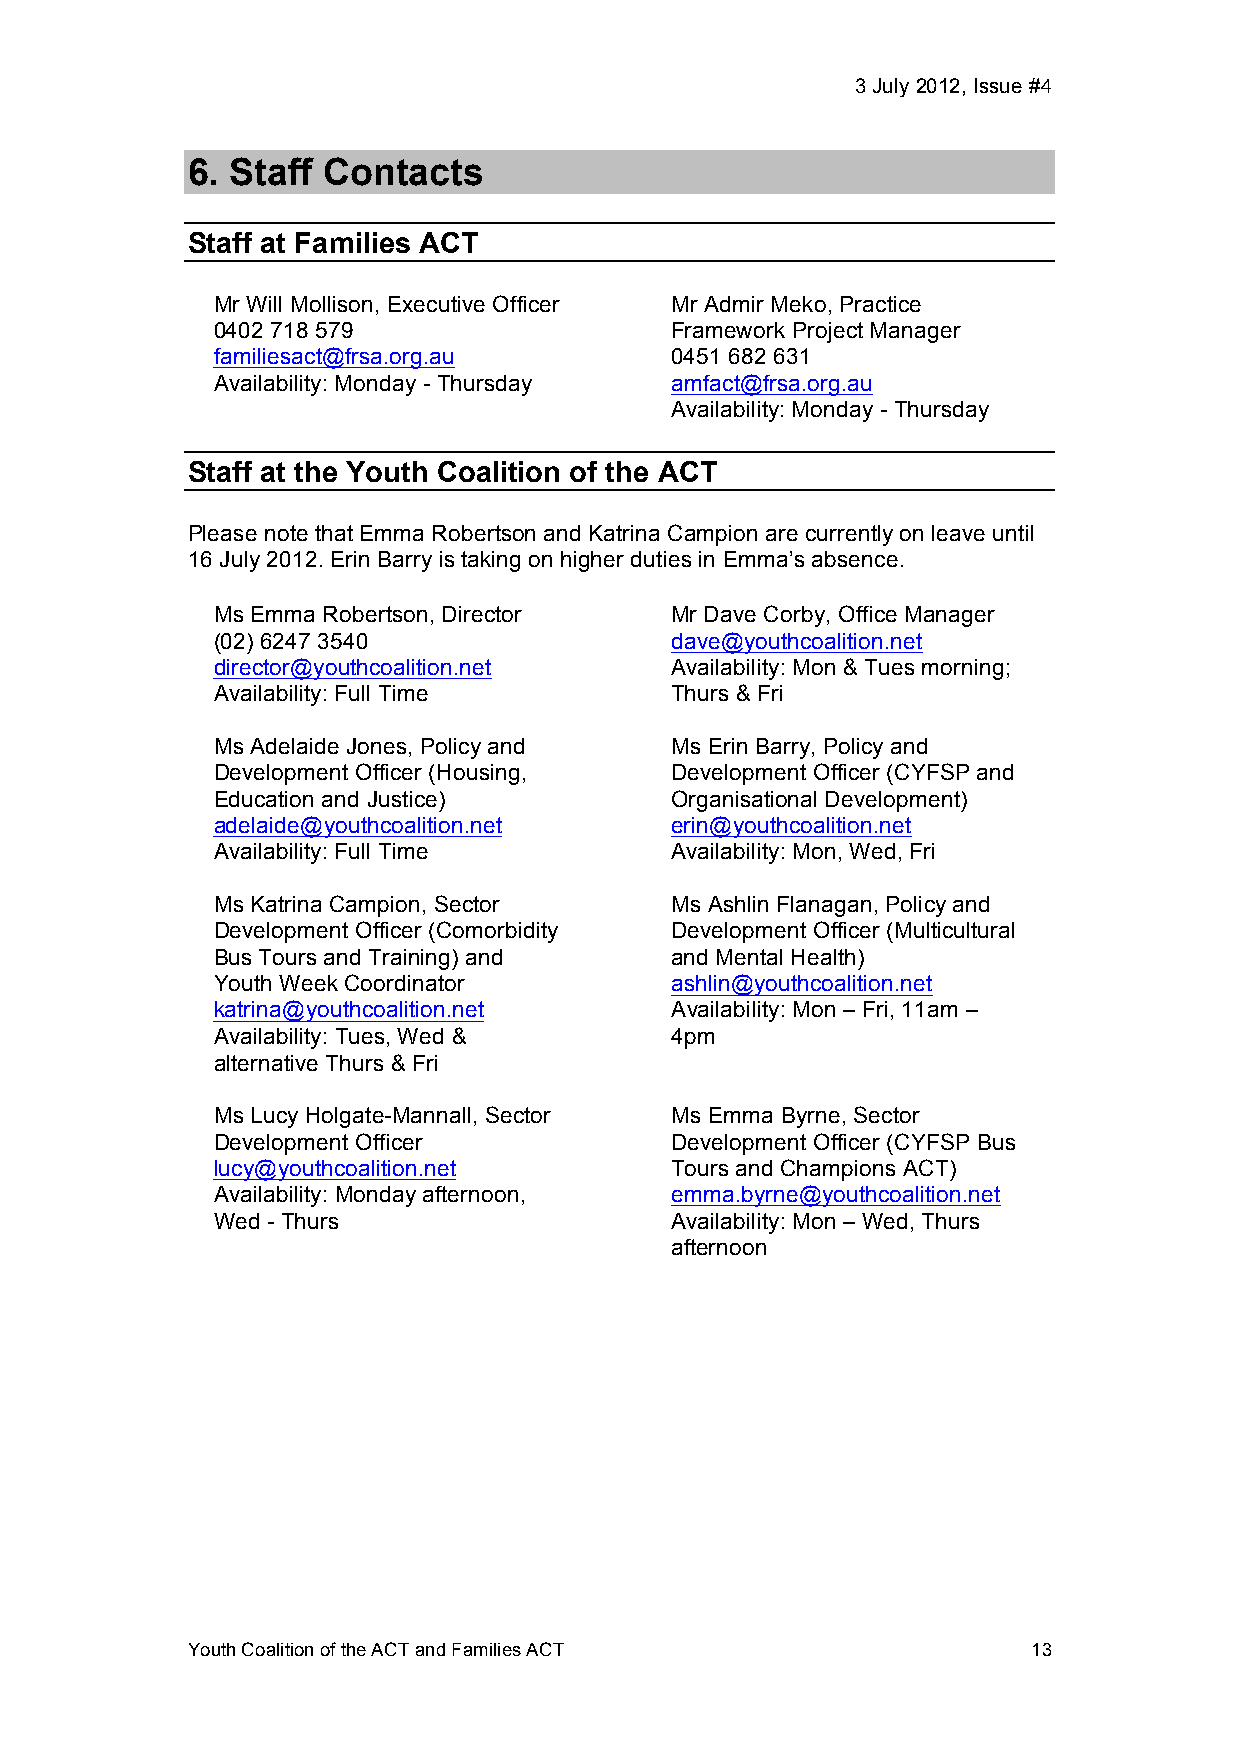
3 July 2012, Issue #4!
 6. Staff Contacts
 Staff at Families ACT
 Mr Will Mollison, Executive Officer Mr Admir Meko, Practice
 0402 718 579                  Framework Project Manager
 familiesact@frsa.org.au       0451 682 631
 Availability: Monday - Thursday amfact@frsa.org.au
 Availability: Monday - Thursday
 Staff at the Youth Coalition of the ACT
 Please note that Emma Robertson and Katrina Campion are currently on leave until
 16 July 2012. Erin Barry is taking on higher duties in Emma’s absence.
 Ms Emma Robertson, Director   Mr Dave Corby, Office Manager
 (02) 6247 3540                dave@youthcoalition.net
 director@youthcoalition.net   Availability: Mon & Tues morning;
 Availability: Full Time       Thurs & Fri
 Ms Adelaide Jones, Policy and Ms Erin Barry, Policy and
 Development Officer (Housing, Development Officer (CYFSP and
 Education and Justice)        Organisational Development)
 adelaide@youthcoalition.net   erin@youthcoalition.net
 Availability: Full Time       Availability: Mon, Wed, Fri
 Ms Katrina Campion, Sector    Ms Ashlin Flanagan, Policy and
 Development Officer (Comorbidity Development Officer (Multicultural
 Bus Tours and Training) and   and Mental Health)
 Youth Week Coordinator        ashlin@youthcoalition.net!
 katrina@youthcoalition.net!   Availability: Mon – Fri, 11am –
 Availability: Tues, Wed &     4pm
 alternative Thurs & Fri
 Ms Lucy Holgate-Mannall, Sector Ms Emma Byrne, Sector
 Development Officer           Development Officer (CYFSP Bus
 lucy@youthcoalition.net!      Tours and Champions ACT)
 Availability: Monday afternoon, emma.byrne@youthcoalition.net!
 Wed - Thurs                   Availability: Mon – Wed, Thurs
 afternoon
 Youth Coalition of the ACT and Families ACT             13!